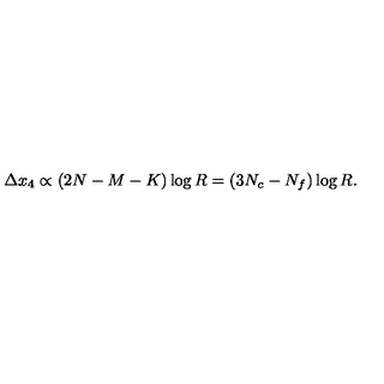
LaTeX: \Delta x _ { 4 } \propto ( 2 N - M - K ) \log R = ( 3 N _ { c } - N _ { f } ) \log R .